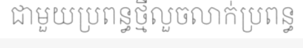
ជាមួយប្រពន្ធថ្មីលួចលាក់ប្រពន្ធ